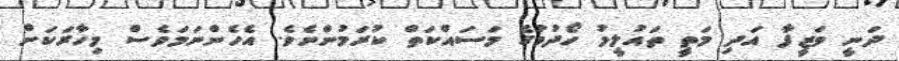
ދަނީ ވަޒީފާ އަދި މަތީ ތައުލީމު ހޯދުމުގެ މަސައްކަތް ކުރަމުންނެވެ. އެހެންނަމަވެސް މިހާރަކަށް